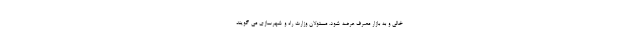
خالی و به بازار مصرف عرضه شود. مسئولان وزارت راه و شهرسازی می گویند